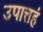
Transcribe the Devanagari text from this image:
उपात्तहं